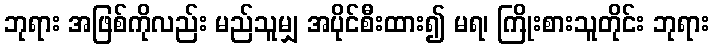
ဘုရား အဖြစ်ကိုလည်း မည်သူမျှ အပိုင်စီးထား၍ မရ၊ ကြိုးစားသူတိုင်း ဘုရား